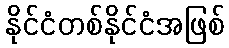
နိုင်ငံတစ်နိုင်ငံအဖြစ်